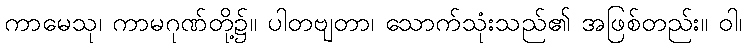
ကာမေသု၊ ကာမဂုဏ်တို့၌။ ပါတဗျတာ၊ သောက်သုံးသည်၏ အဖြစ်တည်း။ ဝါ၊